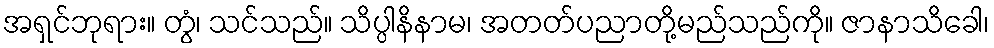
အရှင်ဘုရား။ တွံ၊ သင်သည်။ သိပ္ပါနိနာမ၊ အတတ်ပညာတို့မည်သည်ကို။ ဇာနာသိခေါ၊